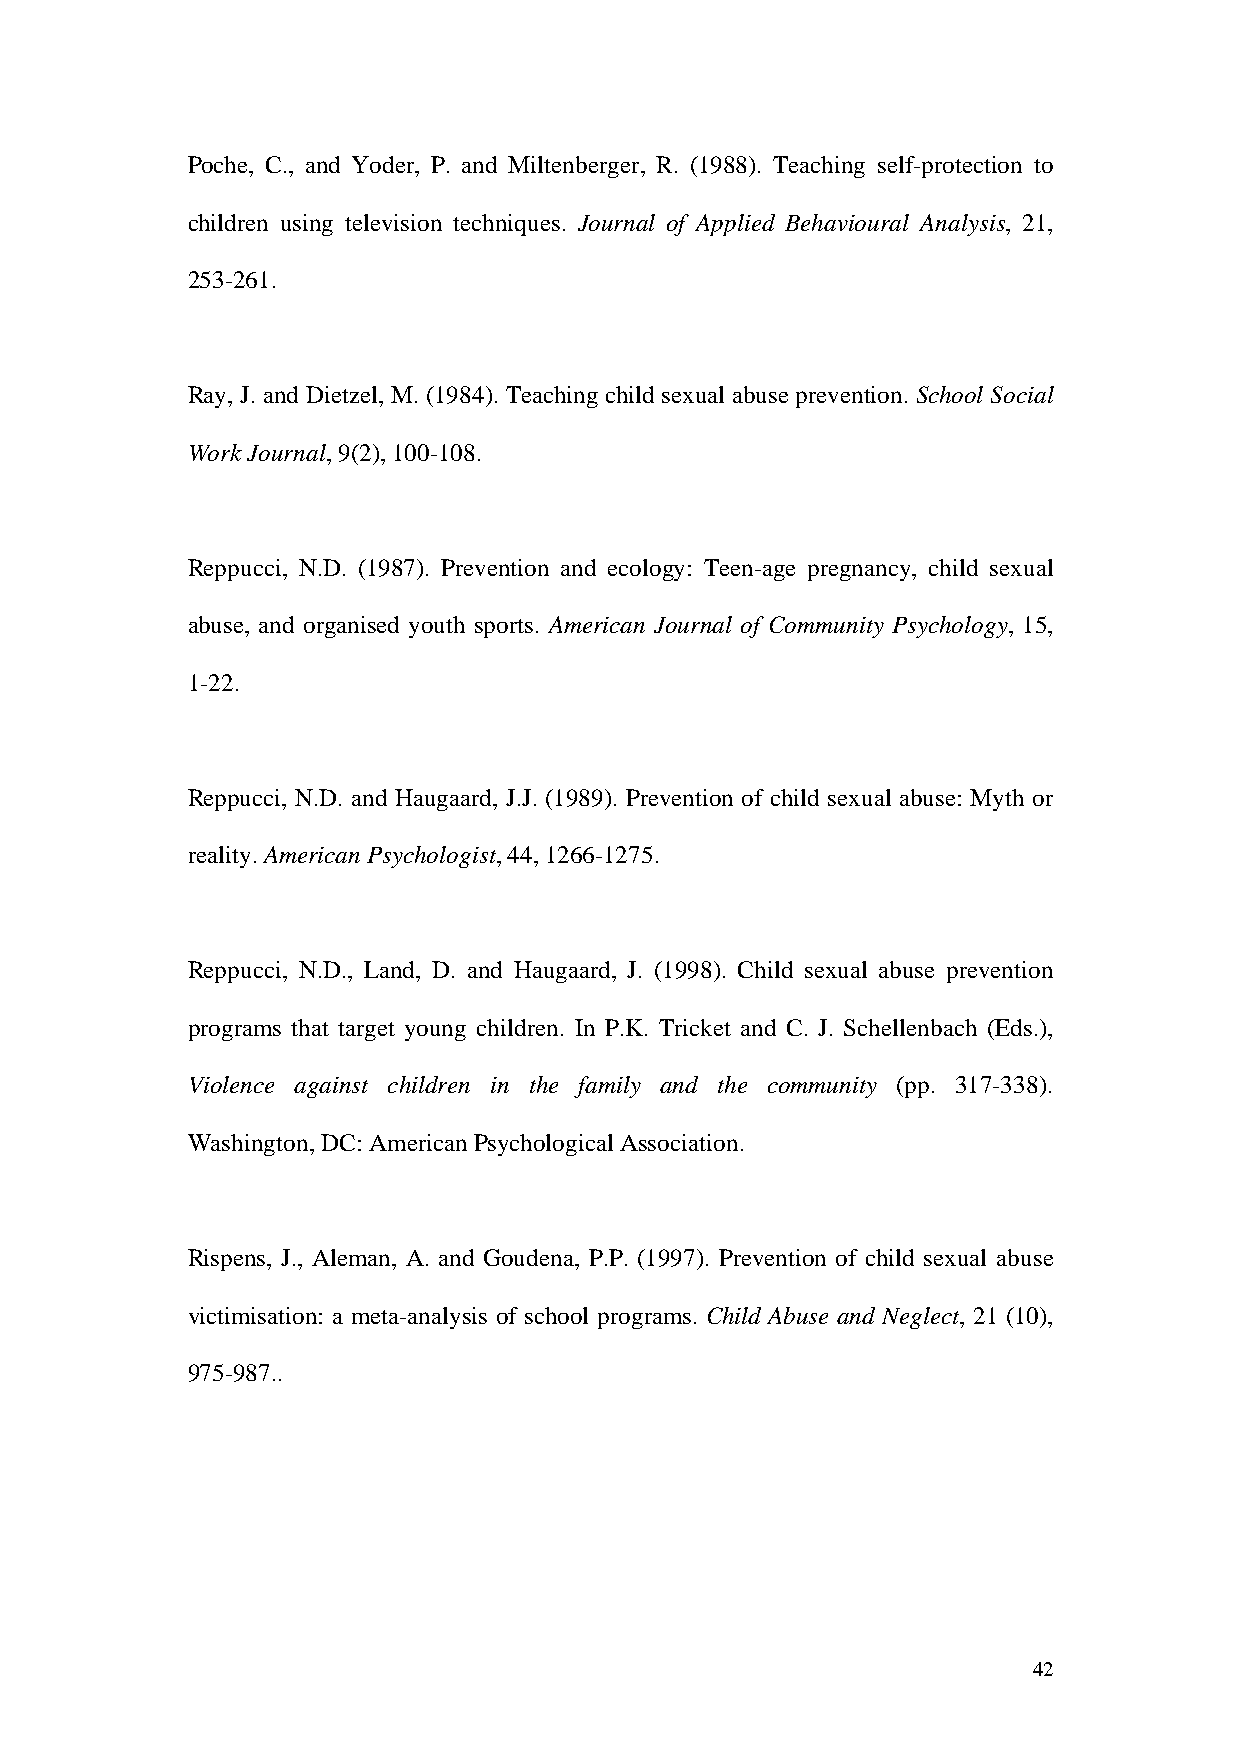
Poche, C., and Yoder, P. and Miltenberger, R. (1988). Teaching self-protection to
 children using television techniques. Journal of Applied Behavioural Analysis, 21,
 253-261.
 Ray, J. and Dietzel, M. (1984). Teaching child sexual abuse prevention. School Social
 Work Journal, 9(2), 100-108.
 Reppucci, N.D. (1987). Prevention and ecology: Teen-age pregnancy, child sexual
 abuse, and organised youth sports. American Journal of Community Psychology, 15,
 1-22.
 Reppucci, N.D. and Haugaard, J.J. (1989). Prevention of child sexual abuse: Myth or
 reality. American Psychologist, 44, 1266-1275.
 Reppucci, N.D., Land, D. and Haugaard, J. (1998). Child sexual abuse prevention
 programs that target young children. In P.K. Tricket and C. J. Schellenbach (Eds.),
 Violence against children in the family and the community (pp. 317-338).
 Washington, DC: American Psychological Association.
 Rispens, J., Aleman, A. and Goudena, P.P. (1997). Prevention of child sexual abuse
 victimisation: a meta-analysis of school programs. Child Abuse and Neglect, 21 (10),
 975-987..
 42